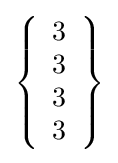
\left\{{\begin{array}{l}3\\3\\3\\3\end{array}}\right\}